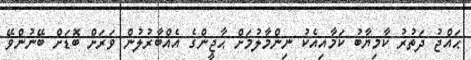
ޙައްޖު ދަތުރު ކާމިޔާބު ކަމާއިއެކު ނިންމާލުމަށް ޙާޖީންގެ އެއްބާރުލުން ވަރަށް ބޮޑަށް ބޭނުންވޭ